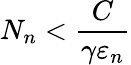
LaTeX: N_{n}<{\frac{C}{\gamma\varepsilon_{n}}}